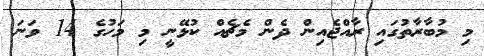
މި މުބާރާތުގައި ރާއްޖެއިން ދެން މެޗެއް ކުޅޭނީ މި މަހުގެ 14 ވަނަ